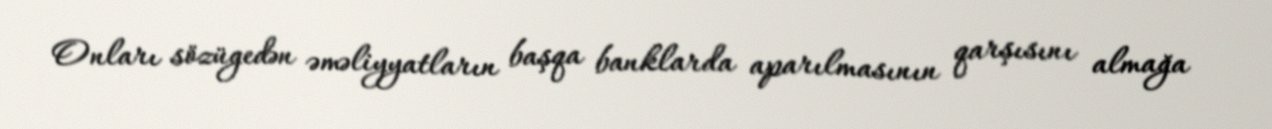
Onları sözügedən əməliyyatların başqa banklarda aparılmasının qarşısını almağa